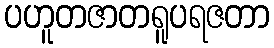
ပဟူတဇာတရူပရဇတာ